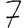
Digit: 7